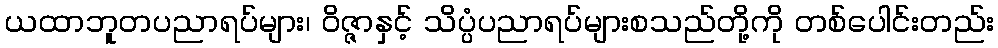
ယထာဘူတပညာရပ်များ၊ ဝိဇ္ဇာနှင့် သိပ္ပံပညာရပ်များစသည်တို့ကို တစ်ပေါင်းတည်း